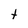
Character: t